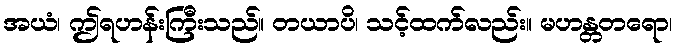
အယံ၊ ဤရဟန်းကြီးသည်။ တယာပိ၊ သင့်ထက်လည်း။ မဟန္တတရော၊